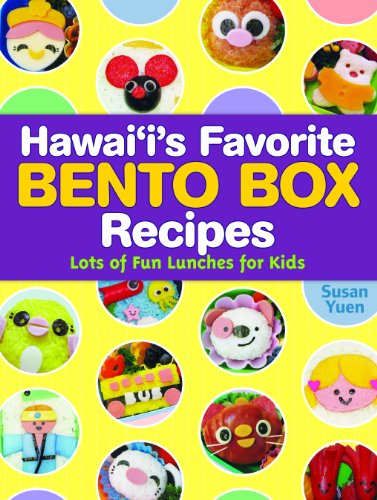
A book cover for Hawaii's Favorite Bento Box Recipes: Lots of Fun Lunches for Kids; Susan Yuen; Cookbooks, Food & Wine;